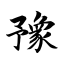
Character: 豫